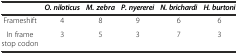
|  | O. niloticus | M. zebra | P. nyererei | N. brichardi | H. burtoni |
 | --- | --- | --- | --- | --- | --- |
 | Frameshift | 4 | 8 | 9 | 6 | 6 |
 | In frame stop codon | 3 | 5 | 3 | 7 | 3 |